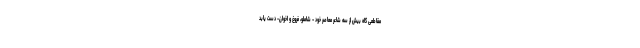
مقاطعی گاه بیش از سه شاعر معاصر خود – شاملو، فروغ و اخوان- دست یابد